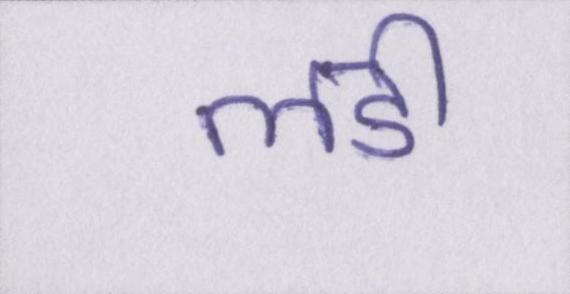
लडी